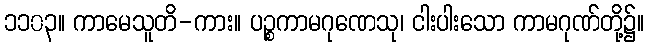
၁၁၀၃။ ကာမေသူတိ-ကား။ ပဉ္စကာမဂုဏေသု၊ ငါးပါးသော ကာမဂုဏ်တို့၌။